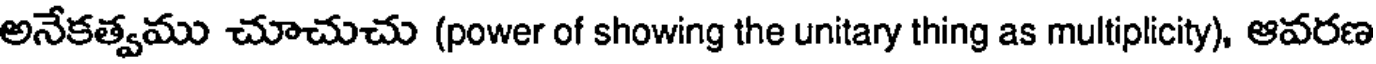
అనేకత్వము చూచుచు (power of showing the unitary thing as multiplicity), ఆవరణ